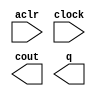
// megafunction wizard: %LPM_COUNTER%VBB%
// GENERATION: STANDARD
// VERSION: WM1.0
// MODULE: lpm_counter 

// ============================================================
// Megafunction Name(s):
// 			lpm_counter
// ============================================================
// ************************************************************
// THIS IS A WIZARD-GENERATED FILE. DO NOT EDIT THIS FILE!
//
// 6.0 Build 202 06/20/2006 SP 1 SJ Web Edition
// ************************************************************

//Copyright (C) 1991-2006 Altera Corporation
//Your use of Altera Corporation's design tools, logic functions 
//and other software and tools, and its AMPP partner logic 
//functions, and any output files any of the foregoing 
//(including device programming or simulation files), and any 
//associated documentation or information are expressly subject 
//to the terms and conditions of the Altera Program License 
//Subscription Agreement, Altera MegaCore Function License 
//Agreement, or other applicable license agreement, including, 
//without limitation, that your use is for the sole purpose of 
//programming logic devices manufactured by Altera and sold by 
//Altera or its authorized distributors.  Please refer to the 
//applicable agreement for further details.

module lpm_counter2 (
	aclr,
	clock,
	cout,
	q);

	input	  aclr;
	input	  clock;
	output	  cout;
	output	[26:0]  q;

endmodule

// ============================================================
// CNX file retrieval info
// ============================================================
// Retrieval info: PRIVATE: ACLR NUMERIC "1"
// Retrieval info: PRIVATE: ALOAD NUMERIC "0"
// Retrieval info: PRIVATE: ASET NUMERIC "0"
// Retrieval info: PRIVATE: ASETV NUMERIC "0"
// Retrieval info: PRIVATE: ASET_ALL1 NUMERIC "1"
// Retrieval info: PRIVATE: CLK_EN NUMERIC "0"
// Retrieval info: PRIVATE: CNT_EN NUMERIC "0"
// Retrieval info: PRIVATE: CarryIn NUMERIC "0"
// Retrieval info: PRIVATE: CarryOut NUMERIC "1"
// Retrieval info: PRIVATE: Direction NUMERIC "0"
// Retrieval info: PRIVATE: ModulusCounter NUMERIC "0"
// Retrieval info: PRIVATE: ModulusValue NUMERIC "0"
// Retrieval info: PRIVATE: SCLR NUMERIC "0"
// Retrieval info: PRIVATE: SLOAD NUMERIC "0"
// Retrieval info: PRIVATE: SSET NUMERIC "0"
// Retrieval info: PRIVATE: SSETV NUMERIC "0"
// Retrieval info: PRIVATE: SSET_ALL1 NUMERIC "1"
// Retrieval info: PRIVATE: nBit NUMERIC "27"
// Retrieval info: CONSTANT: LPM_DIRECTION STRING "UP"
// Retrieval info: CONSTANT: LPM_PORT_UPDOWN STRING "PORT_UNUSED"
// Retrieval info: CONSTANT: LPM_TYPE STRING "LPM_COUNTER"
// Retrieval info: CONSTANT: LPM_WIDTH NUMERIC "27"
// Retrieval info: USED_PORT: aclr 0 0 0 0 INPUT NODEFVAL aclr
// Retrieval info: USED_PORT: clock 0 0 0 0 INPUT NODEFVAL clock
// Retrieval info: USED_PORT: cout 0 0 0 0 OUTPUT NODEFVAL cout
// Retrieval info: USED_PORT: q 0 0 27 0 OUTPUT NODEFVAL q[26..0]
// Retrieval info: CONNECT: @clock 0 0 0 0 clock 0 0 0 0
// Retrieval info: CONNECT: q 0 0 27 0 @q 0 0 27 0
// Retrieval info: CONNECT: cout 0 0 0 0 @cout 0 0 0 0
// Retrieval info: CONNECT: @aclr 0 0 0 0 aclr 0 0 0 0
// Retrieval info: LIBRARY: lpm lpm.lpm_components.all
// Retrieval info: GEN_FILE: TYPE_NORMAL lpm_counter2.v TRUE
// Retrieval info: GEN_FILE: TYPE_NORMAL lpm_counter2.inc FALSE
// Retrieval info: GEN_FILE: TYPE_NORMAL lpm_counter2.cmp FALSE
// Retrieval info: GEN_FILE: TYPE_NORMAL lpm_counter2.bsf TRUE FALSE
// Retrieval info: GEN_FILE: TYPE_NORMAL lpm_counter2_inst.v FALSE
// Retrieval info: GEN_FILE: TYPE_NORMAL lpm_counter2_bb.v TRUE